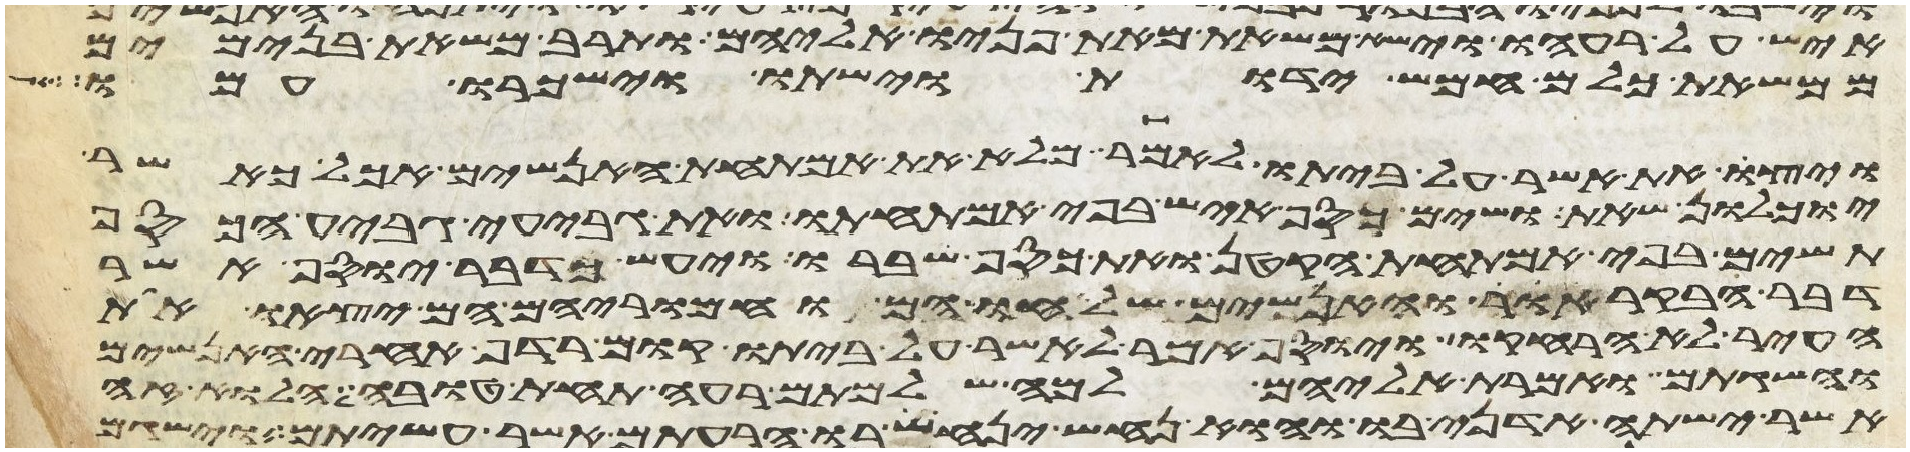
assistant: איש על רעהו וישא משאת מאת פניו אליהם ותרב משאת בנימים
ממשאת כלם חמש ידות וישתו וישכרו עמו
ויצו את אשר על ביתו לאמר מלא את אמתחת האנשים אכל כאשר
יוכלון שאת ושים כסף איש בפי אמתחתו ואת גביע גביע הכסף
תשים בפי אמתחת הקטן ואת כסף שברו ויעש כדבר יוסף אשר
דבר הבקר אור והאנשים שלחו הם וחמריהם הם יצאו את
העיר לא הרחיקו ויוסף אמר לאשר על ביתו קום רדף אחרי האנשים
והשגתם ואמרת אליהם למה שלמתם רעה תחת טובה הלוא זה
אשר ישתה אדני בו והוא נחש ינחש בו הרעתם אשר עשיתם וישגם